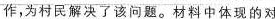
作，为村民解决了该问题。材料中体现的对